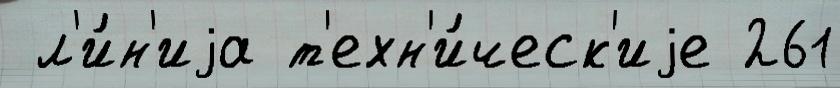
 л'и́н'иjа т'ехн'и́ческ'иjе 261